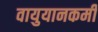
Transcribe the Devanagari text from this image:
वायुयानकर्मी